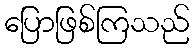
ပြောဖြစ်ကြသည်